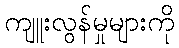
ကျူးလွန်မှုများကို